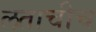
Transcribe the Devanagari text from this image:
लताचीच